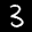
Label: 3